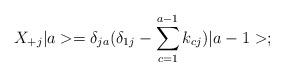
LaTeX: \begin{align*}X_{+j}\vert a>=\delta_{ja}(\delta_{1j}-\sum_{c=1}^{a-1}k_{cj})\vert a-1>;\end{align*}